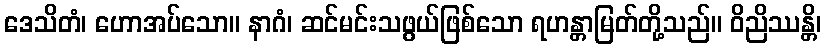
ဒေသိတံ၊ ဟောအပ်သော။ နာဂံ၊ ဆင်မင်းသဖွယ်ဖြစ်သော ရဟန္တာမြတ်တို့သည်။ ဝိညိဿန္တိ၊